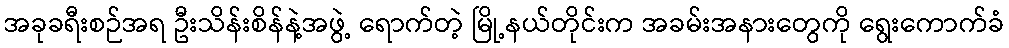
အခုခရီးစဉ်အရ ဦးသိန်းစိန်နဲ့အဖွဲ့ ရောက်တဲ့ မြို့နယ်တိုင်းက အခမ်းအနားတွေကို ရွေးကောက်ခံ